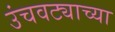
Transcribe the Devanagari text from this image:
उंचवट्याच्या